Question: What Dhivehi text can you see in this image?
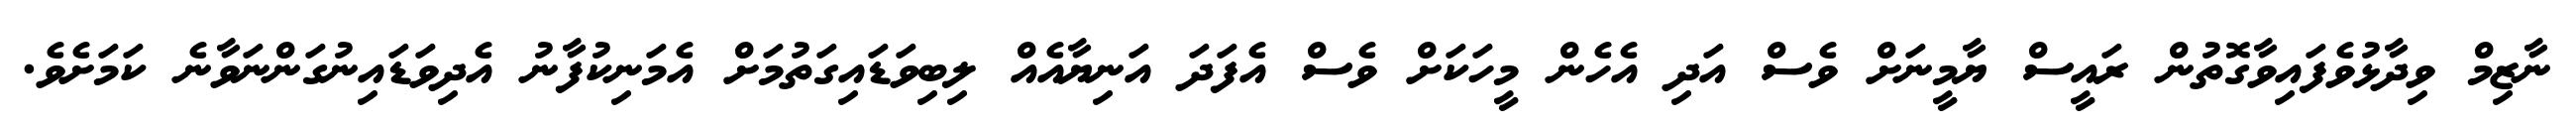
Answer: ނާޒިމް ވިދާޅުވެފައިވާގޮތުން ރައީސް ޔާމީނަށް ވެސް އަދި އެހެން މީހަކަށް ވެސް އެފަދަ އަނިޔާއެއް ލިބިވަޑައިގަތުމަށް އެމަނިކުފާނު އެދިވަޑައިނުގަންނަވާނެ ކަމަށެވެ.